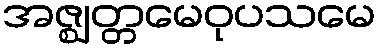
အဇ္ဈတ္တမေဝုပသမေ